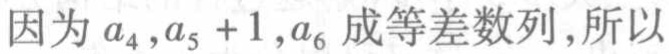
因为\(a_{4},a_{5} + 1,a_{6}\)成等差数列,所以